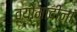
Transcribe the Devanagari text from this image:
व्योमादीनां